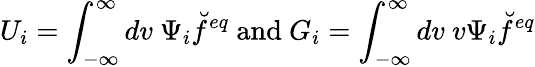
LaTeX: U_{i}=\int_{-\infty}^{\infty}dv\ \Psi_{i}\breve{f}^{eq}\ \textrm{and}\ G_{i}=\int_{-\infty}^{\infty}dv\ v\Psi_{i}\breve{f}^{eq}